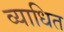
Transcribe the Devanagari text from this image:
व्याधित